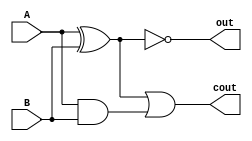
`timescale 1ns / 1ps
//////////////////////////////////////////////////////////////////////////////////
// Company: 
// Engineer: 
// 
// Design Name: 
// Module Name: add_increment
// Project Name: 
// Target Devices: 
// Tool Versions: 
// Description: 
// 
// Dependencies: 
// 
// Revision:
// Revision 0.01 - File Created
// Additional Comments:
// 
//////////////////////////////////////////////////////////////////////////////////


module add_increment(A, B, out, cout);
    input A, B;
    output out, cout;
     

    assign out = A ^ B ^ (1'b1);
    assign cout = ((A ^ B) & (1'b1)) | (A & B);
endmodule